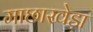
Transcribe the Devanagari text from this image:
माछाखेड़ा